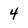
Character: 4